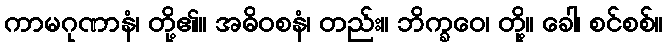
ကာမဂုဏာနံ၊ တို့၏။ အဓိဝစနံ၊ တည်း။ ဘိက္ခဝေ၊ တို့။ ခေါ၊ စင်စစ်။